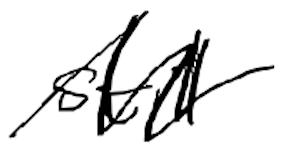
Text: still
Cross-out: mix
Writing tool: digital_black